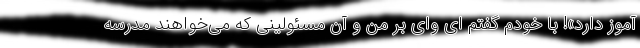
آموز دارد»! با خودم گفتم ای وای بر من و آن مسئولینی که می‌خواهند مدرسه